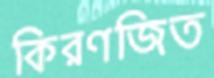
কিরণজিত